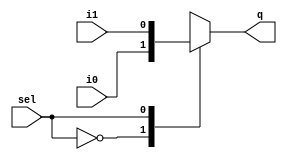
module mul(q,i0,i1,sel);
	output q;
	reg q;
	input i0,i1,sel;
	wire nsel;
	always @(i0 or i1 or sel or nsel)
		begin
			case(sel)
				1'b0: q=i0;
				1'b1: q=i1;
			endcase
		end
		not (nsel,sel);
endmodule